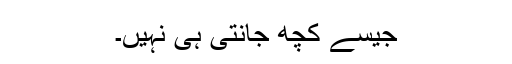
جیسے کچھ جانتی ہی نہیں۔